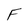
Character: F